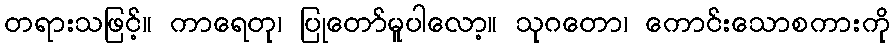
တရားသဖြင့်။ ကာရေတု၊ ပြုတော်မူပါလော့။ သုဂတော၊ ကောင်းသောစကားကို